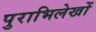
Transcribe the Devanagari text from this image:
पुराभिलेखों